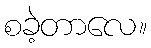
စခဲ့တာလေ။